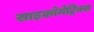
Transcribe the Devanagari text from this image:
साइक्रोमेट्रिक्स